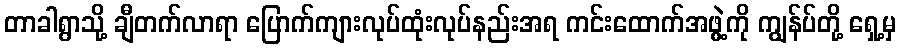
တာခါရွာသို့ ချီတက်လာရာ ပြောက်ကျားလုပ်ထုံးလုပ်နည်းအရ ကင်းထောက်အဖွဲ့ကို ကျွန်ပ်တို့ ရှေ့မှ